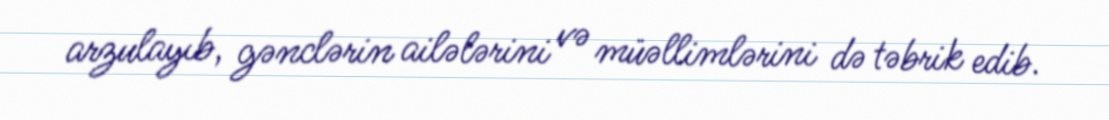
arzulayıb, gənclərin ailələrini və müəllimlərini də təbrik edib.